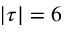
| \tau | = 6